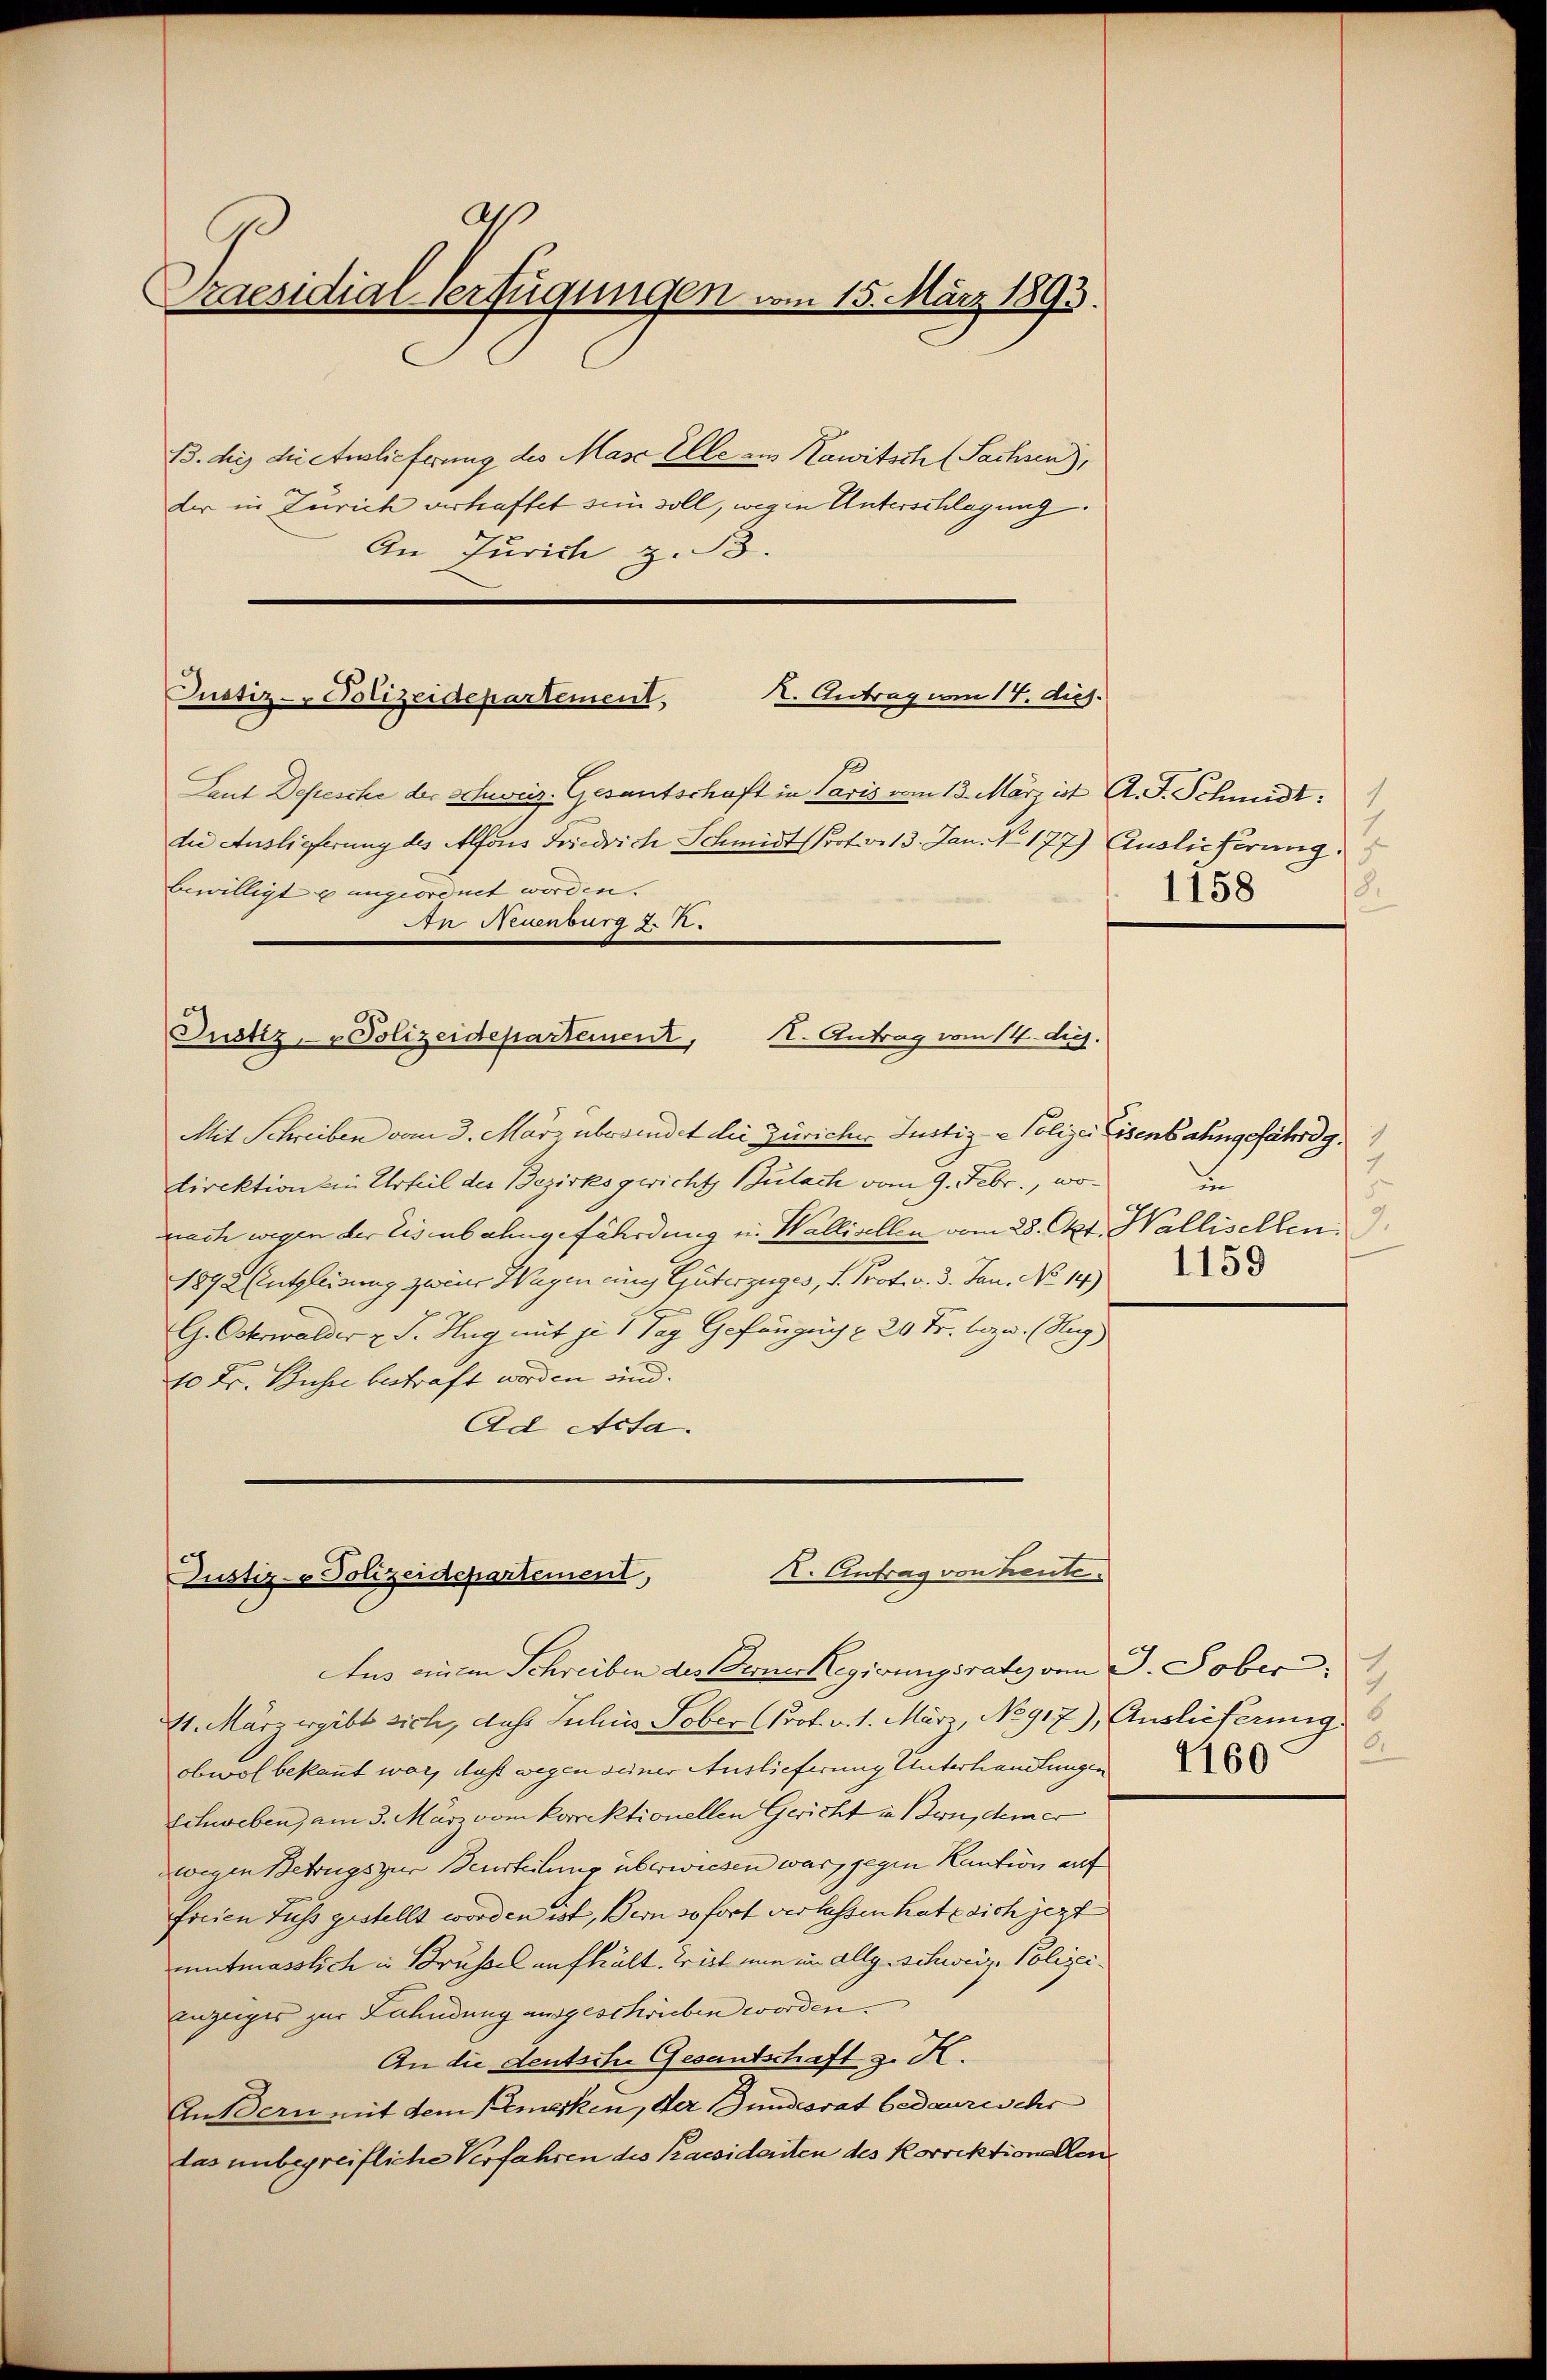
a
Praesidial-Verfügungen vom 15. März 1893.

B. die die Auslieferung des Masc Elle aus Nawitsch (Sachsen),
ber in Zürich verhaftet sein soll, wegen Unterschlagung.
An Jurich z. B.

K. Antrag am 14. Aus.
Justiz-Polizeidepartement,

Justiz- u Polizeidepartement, II. Antrag vom 14. dig.

Laut Depesche der Schweiz. Gesantschaft in Paris vom 13. März ist A. F. Schmidt:
die Auslieferung des Alfons Friedrich Schmidt Prof. v. 13. Jan. No 177) Auslieferung
bewilligt u angeordnet worden.
In Ruenburg J. 1.

Mit Schreiben vom 3. März überwindet die Züricher Justiz- & Polizei Eisenbahngefährdg.
Direktion ein Urteil der Bezirksgericht Bülach vom 9. Febr., wonach wegen der Eisenbahngefährdung u. Wallisellen vom 28. Okt. Wallisellen
1872 (Entgleidung zwei Wagen eine Güterzuges, v. Prof. v. 3. Jan. No. 1483
G. Oskerwalder v. J. Hug mit je 1 Tag Gefängnis u 20 Fr. bezw. (Reg
10 Fr. Busse bestraft worden und. |
Ad Acta.

K. Antrag von heute.
Justiz- & Polizeidepartement,

1
11581

Aus einem Schreiben des Berne Regierungsrate von J. Sober
11. März ergibt sich, das Juhin Fober (Prof. v. 1. März, No 917), Auslieferung.
obwol bekannt war, daß wegen seiner Auslieferung Unterhandlungen
Schweben, am 3. März vom korrektionellen Gericht in Bern, dem er
wegen Betrugs zur Beurteilung überwiesen war, gegen Kaution auf
forien Fuss gestellt worden ist, Bern sofort verlassen hat sich jezt
utmasslich in Brüssel aufhält. Wirt nun im allg. Schweiz. Polizeianzeiges zur Fahndung ausgeschrieben worden.
An die deutsche Gesantschaft z. H.
Andern mit dem Bemerken, der Bundesrat bedaures eher
das unbegreifliche Verfahren des Pacsidaten des Korrektionellen

2
in

7
2